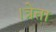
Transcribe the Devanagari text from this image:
।त्रेता